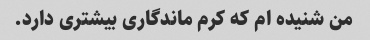
من شنیده ام که کرم ماندگاری بیشتری دارد.